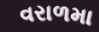
વરાળમા